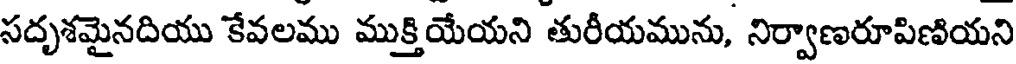
సదృశమైనదియు కేవలము ముక్తియేయని తురీయమును, నిర్వాణరూపిణియని